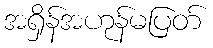
အရှိန်အဟုန်မပြတ်